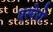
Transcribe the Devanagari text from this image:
एस्पेरो